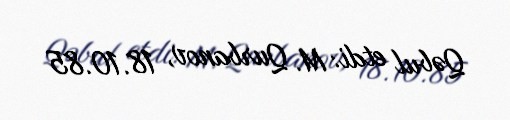
Qəbul etdi: M. Qurbanov, 18.10.85